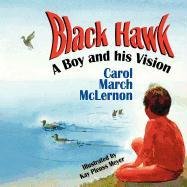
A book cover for Black  Hawk: A Boy and his Vision; Carol March McLernon; Children's Books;